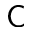
\mathsf { C }